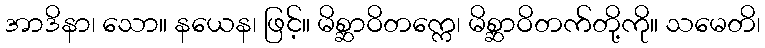
အာဒိနာ၊ သော။ နယေန၊ ဖြင့်။ မိစ္ဆာဝိတက္ကေ၊ မိစ္ဆာဝိတက်တို့ကို။ သမေတိ၊